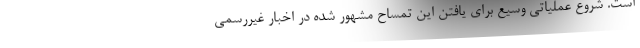
است. شروع عملیاتی وسیع برای یافتن این تمساح مشهور شده در اخبار غیررسمی